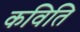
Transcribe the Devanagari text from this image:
कविति